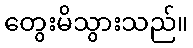
တွေးမိသွားသည်။